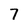
Character: 7